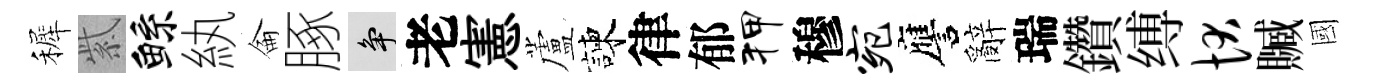
裤紫鲧紈侖䐁争老憲蘆諫律郁狎穆宛譍辭瑞鑽缚状贓國